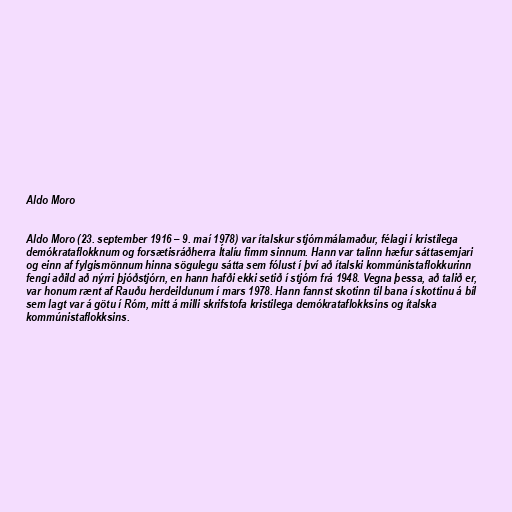
Aldo Moro

Aldo Moro (23. september 1916 – 9. maí 1978) var ítalskur stjórnmálamaður, félagi í kristilega
demókrataflokknum og forsætisráðherra Ítalíu fimm sinnum. Hann var talinn hæfur sáttasemjari
og einn af fylgismönnum hinna sögulegu sátta sem fólust í því að ítalski kommúnistaflokkurinn
fengi aðild að nýrri þjóðstjórn, en hann hafði ekki setið í stjórn frá 1948. Vegna þessa, að talið er,
var honum rænt af Rauðu herdeildunum í mars 1978. Hann fannst skotinn til bana í skottinu á bíl
sem lagt var á götu í Róm, mitt á milli skrifstofa kristilega demókrataflokksins og ítalska
kommúnistaflokksins.